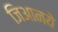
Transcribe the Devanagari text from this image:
जिआनये